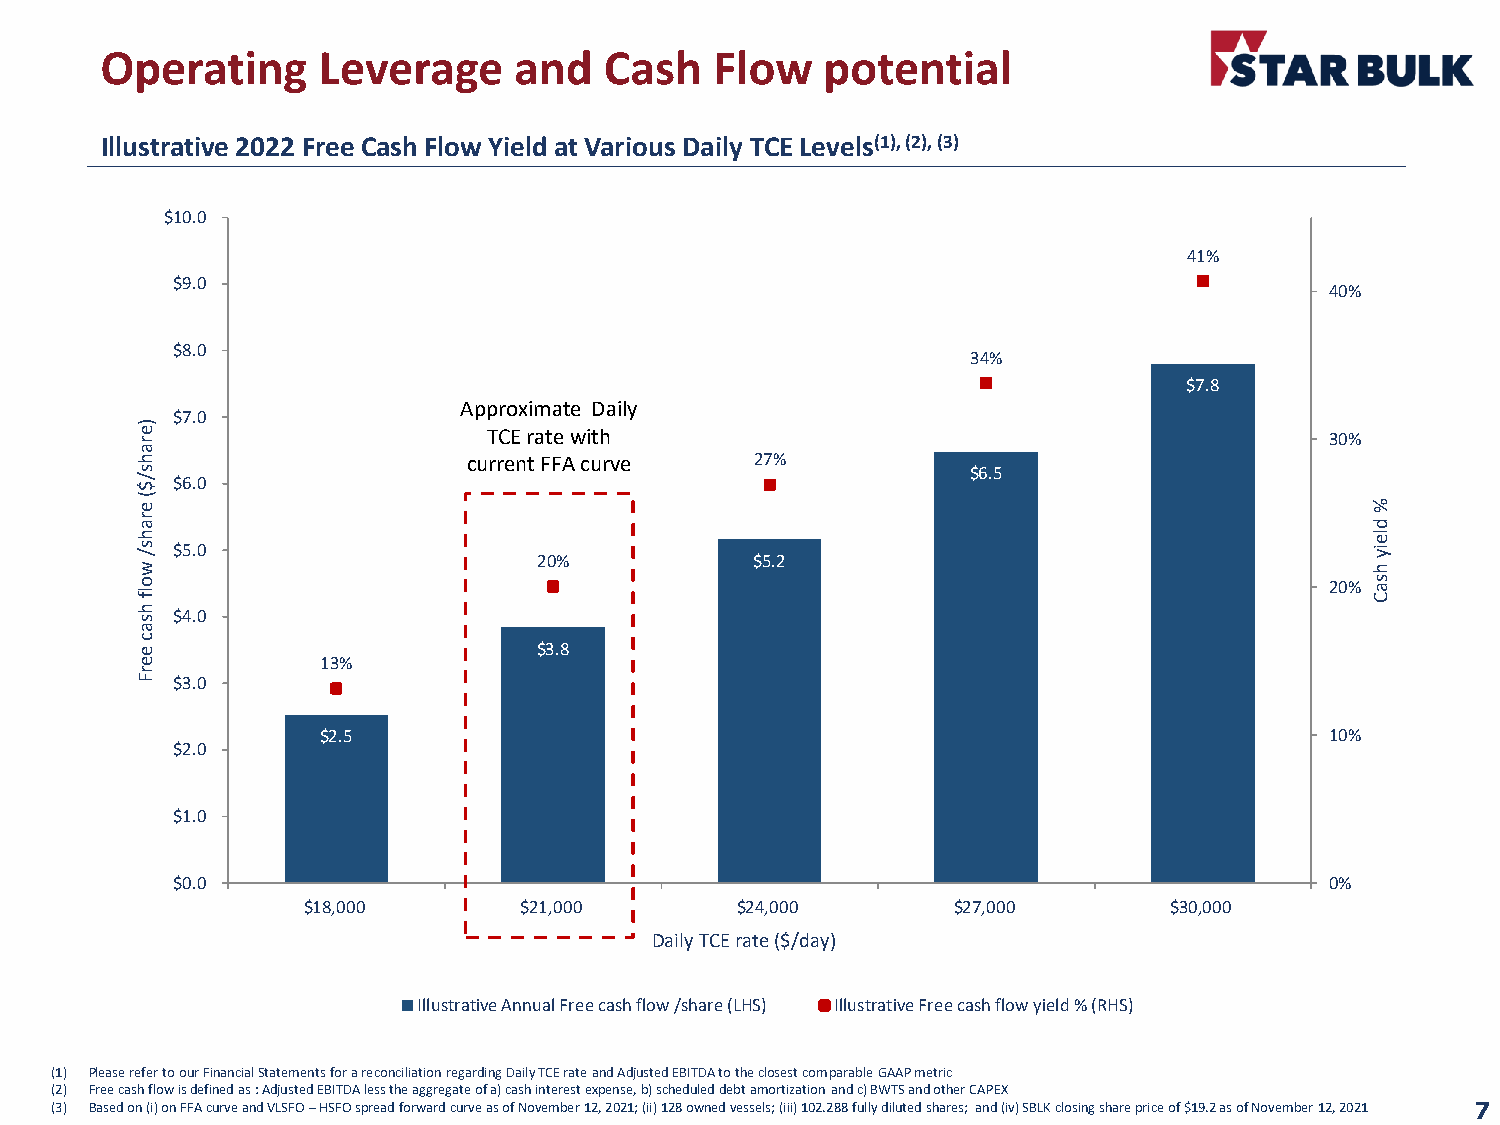
Operating     Leverage     and   Cash   Flow    potential
 Illustrative 2022 Free Cash Flow Yield at Various Daily TCE Levels(1), (2), (3)
 $10.0
 41%
 $9.0
 40%
 $8.0
 34%
 $7.8
 Approximate Daily
 $7.0
 )e
 r                      TCE rate with                                           30%
 a
 h                     current FFA curve  27%
 s                                                      $6.5
 / $ $6.0
 (
 e                                                                                 %
 r a                                                                               d
 h                                                                                 le
 s /
 w
 $5.0                     20%           $5.2                                     iy
 h
 o lf
 h s $4.0
 20% s a C
 a
 c
 e                          $3.8
 e           13%
 r
 F $3.0
 $2.5                                                               10%
 $2.0
 $1.0
 $0.0                                                                         0%
 $18,000       $21,000        $24,000       $27,000       $30,000
 Daily TCE rate ($/day)
 Illustrative Annual Free cash flow /share (LHS) Illustrative Free cash flow yield % (RHS)
 (1) Please refer to our Financial Statements for a reconciliation regarding Daily TCE rate and Adjusted EBITDA to the closest comparable GAAP metric
 (2) Free cash flow is defined as : Adjusted EBITDA less the aggregate of a) cash interest expense, b) scheduled debt amortizationand c) BWTS and other CAPEX
 (3) Based on (i) on FFA curve and VLSFO –HSFO spread forward curve as of November 12, 2021; (ii) 128 owned vessels; (iii) 102.288 fully diluted shares; and (iv) SBLK closing share price of $19.2 as of November 12, 2021 7